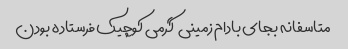
متاسفانه بجای بادام زمینی  گرمی کوچیک فرستاده بودن